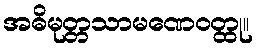
အဓိမုတ္တသာမဏေဝတ္ထု။